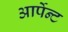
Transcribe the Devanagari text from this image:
आर्पेन्ट